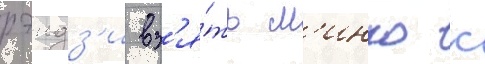
рэндз'и вз'я́ть м'инко к